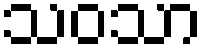
သဝသာ